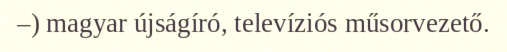
–) magyar újságíró, televíziós műsorvezető.